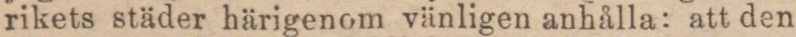
rikets städer härigenom vänligen anhålla: att den